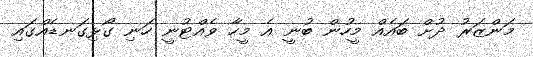
މަންޒަރު ދުށް ބައެއް މީހުން ބުނީ އެ މީހާ ވެއްޓުނީ ހަނި ގޯޅިގަނޑެއްގައި